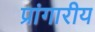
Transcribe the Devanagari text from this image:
प्रांगारीय